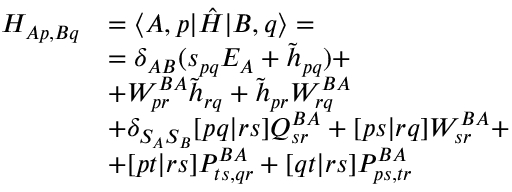
\begin{array} { r l } { H _ { A p , B q } } & { = \langle A , p | \hat { H } | B , q \rangle = } \\ & { = \delta _ { A B } ( s _ { p q } E _ { A } + \tilde { h } _ { p q } ) + } \\ & { + W _ { p r } ^ { B A } \tilde { h } _ { r q } + \tilde { h } _ { p r } W _ { r q } ^ { B A } } \\ & { + \delta _ { S _ { A } S _ { B } } [ p q | r s ] Q _ { s r } ^ { B A } + [ p s | r q ] W _ { s r } ^ { B A } + } \\ & { + [ p t | r s ] P _ { t s , q r } ^ { B A } + [ q t | r s ] P _ { p s , t r } ^ { B A } } \end{array}